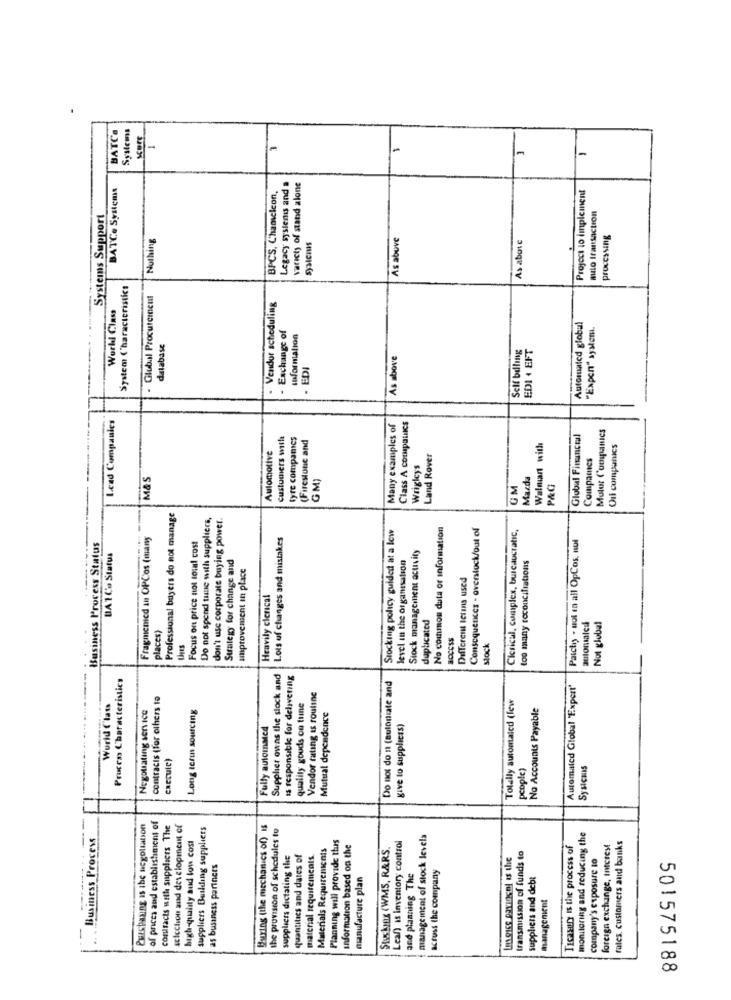
BATCH
Systems
-
BATCe Systems
Legacy sysienis and a
variety of stand alone
Project to implement
BPCS, Chameleon,
Systems Support
muito Iransaction
Nothing
As above
As above
processing
Systems
System Characteristics
Global Procurement
· Vendor scheduling
World Class
Exchange of
Automated globul
"Expen" system.
Information
database
Self bdling
EDI + EFT
As above
- EDI
Lead Companies
Many examples of
Class A compatics
Mulot Coompianics
customers with
tyre companies
(Firestone and
Global Financial
Automotive
Walmart with
Oil compatics
Land Rover
Companies
Wrigleys
M&S
GM)
Mazda
GM
P&G
Professional buyers do not manage
Do not spend tune with suppliers,
don't use corporate buying power.
Stocking policy guided at a low
No common duta or information
Consequences - overstock/out of
Clerical, complex, bureaucratic,
Fragmenicd an OPCos (many
Focus on price not total cost
Lots of changes and mistakes
Patchis - sol en all OpCos. nul
Business Process Status
Stock management acuity
DA 1 Co Status
Strategy for change and
too many reconciliations
improvement in place
level in the organisation
Different tetins used
Heavily clerical
duplicated
autorsaledi
Not global
places)
thues
stock
Prucess Characteristics
Supplier owns the slock and
Is responsible for delivering
Do not do 1 (suloniate and
Automated Global Expert"
contracts (for others to
Vendor rating as rouline
Totally sutontalcd (lew
World Class
Long term sourcing
quality gouds co trine
No Accounts Payable
Negotiating service
Mutual dependence
Fully automated
give to suppliess)
"acculc)
people)
Systemis
Purchasing is ibc negotiation
of prices and establishment of
contracts with suppliers The
scicchion and development of
suppliers Building suppliers
Buring (the mechanics of) IS
the provision of schedules to
Business Process
Planning will provide thuis
management of stock levels
monitoring and reducing the
high-quality aud low cost
Materials Requirements
information based on the
Susking (WMS, RARS.
Lean) is inventory control
transmission of funds to
Ticasury Is the process of
foreign exchange, Interest
rales. customers and banks
suppliers dictating the
quantities and dates of
material requirements
company's exposure to
as business partners
across the company
manufacture plan
and planning The
suppliers and debt
management
501575188